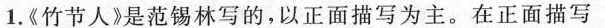
1.《竹节人》是范锡林写的，以正面描写为主。在正面描写